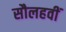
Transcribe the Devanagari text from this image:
सौलहवीं